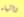
واشياء